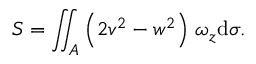
S = \iint _ { A } \left( 2 v ^ { 2 } - w ^ { 2 } \right) \, \omega _ { z } \mathrm { d } \sigma .